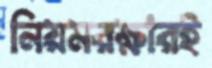
নিয়মরক্ষারই